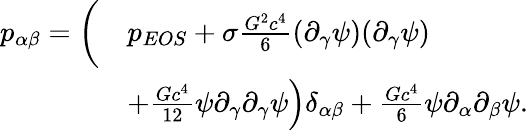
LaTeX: \begin{array}{rl}{p_{\alpha\beta}=\bigg(}&{p_{EOS}+\sigma\frac{G^{2}c^{4}}{6}(\partial_{\gamma}\psi)(\partial_{\gamma}\psi)}\\ &{\left.+\frac{Gc^{4}}{12}\psi\partial_{\gamma}\partial_{\gamma}\psi\right)\delta_{\alpha\beta}+\frac{Gc^{4}}{6}\psi\partial_{\alpha}\partial_{\beta}\psi.}\end{array}